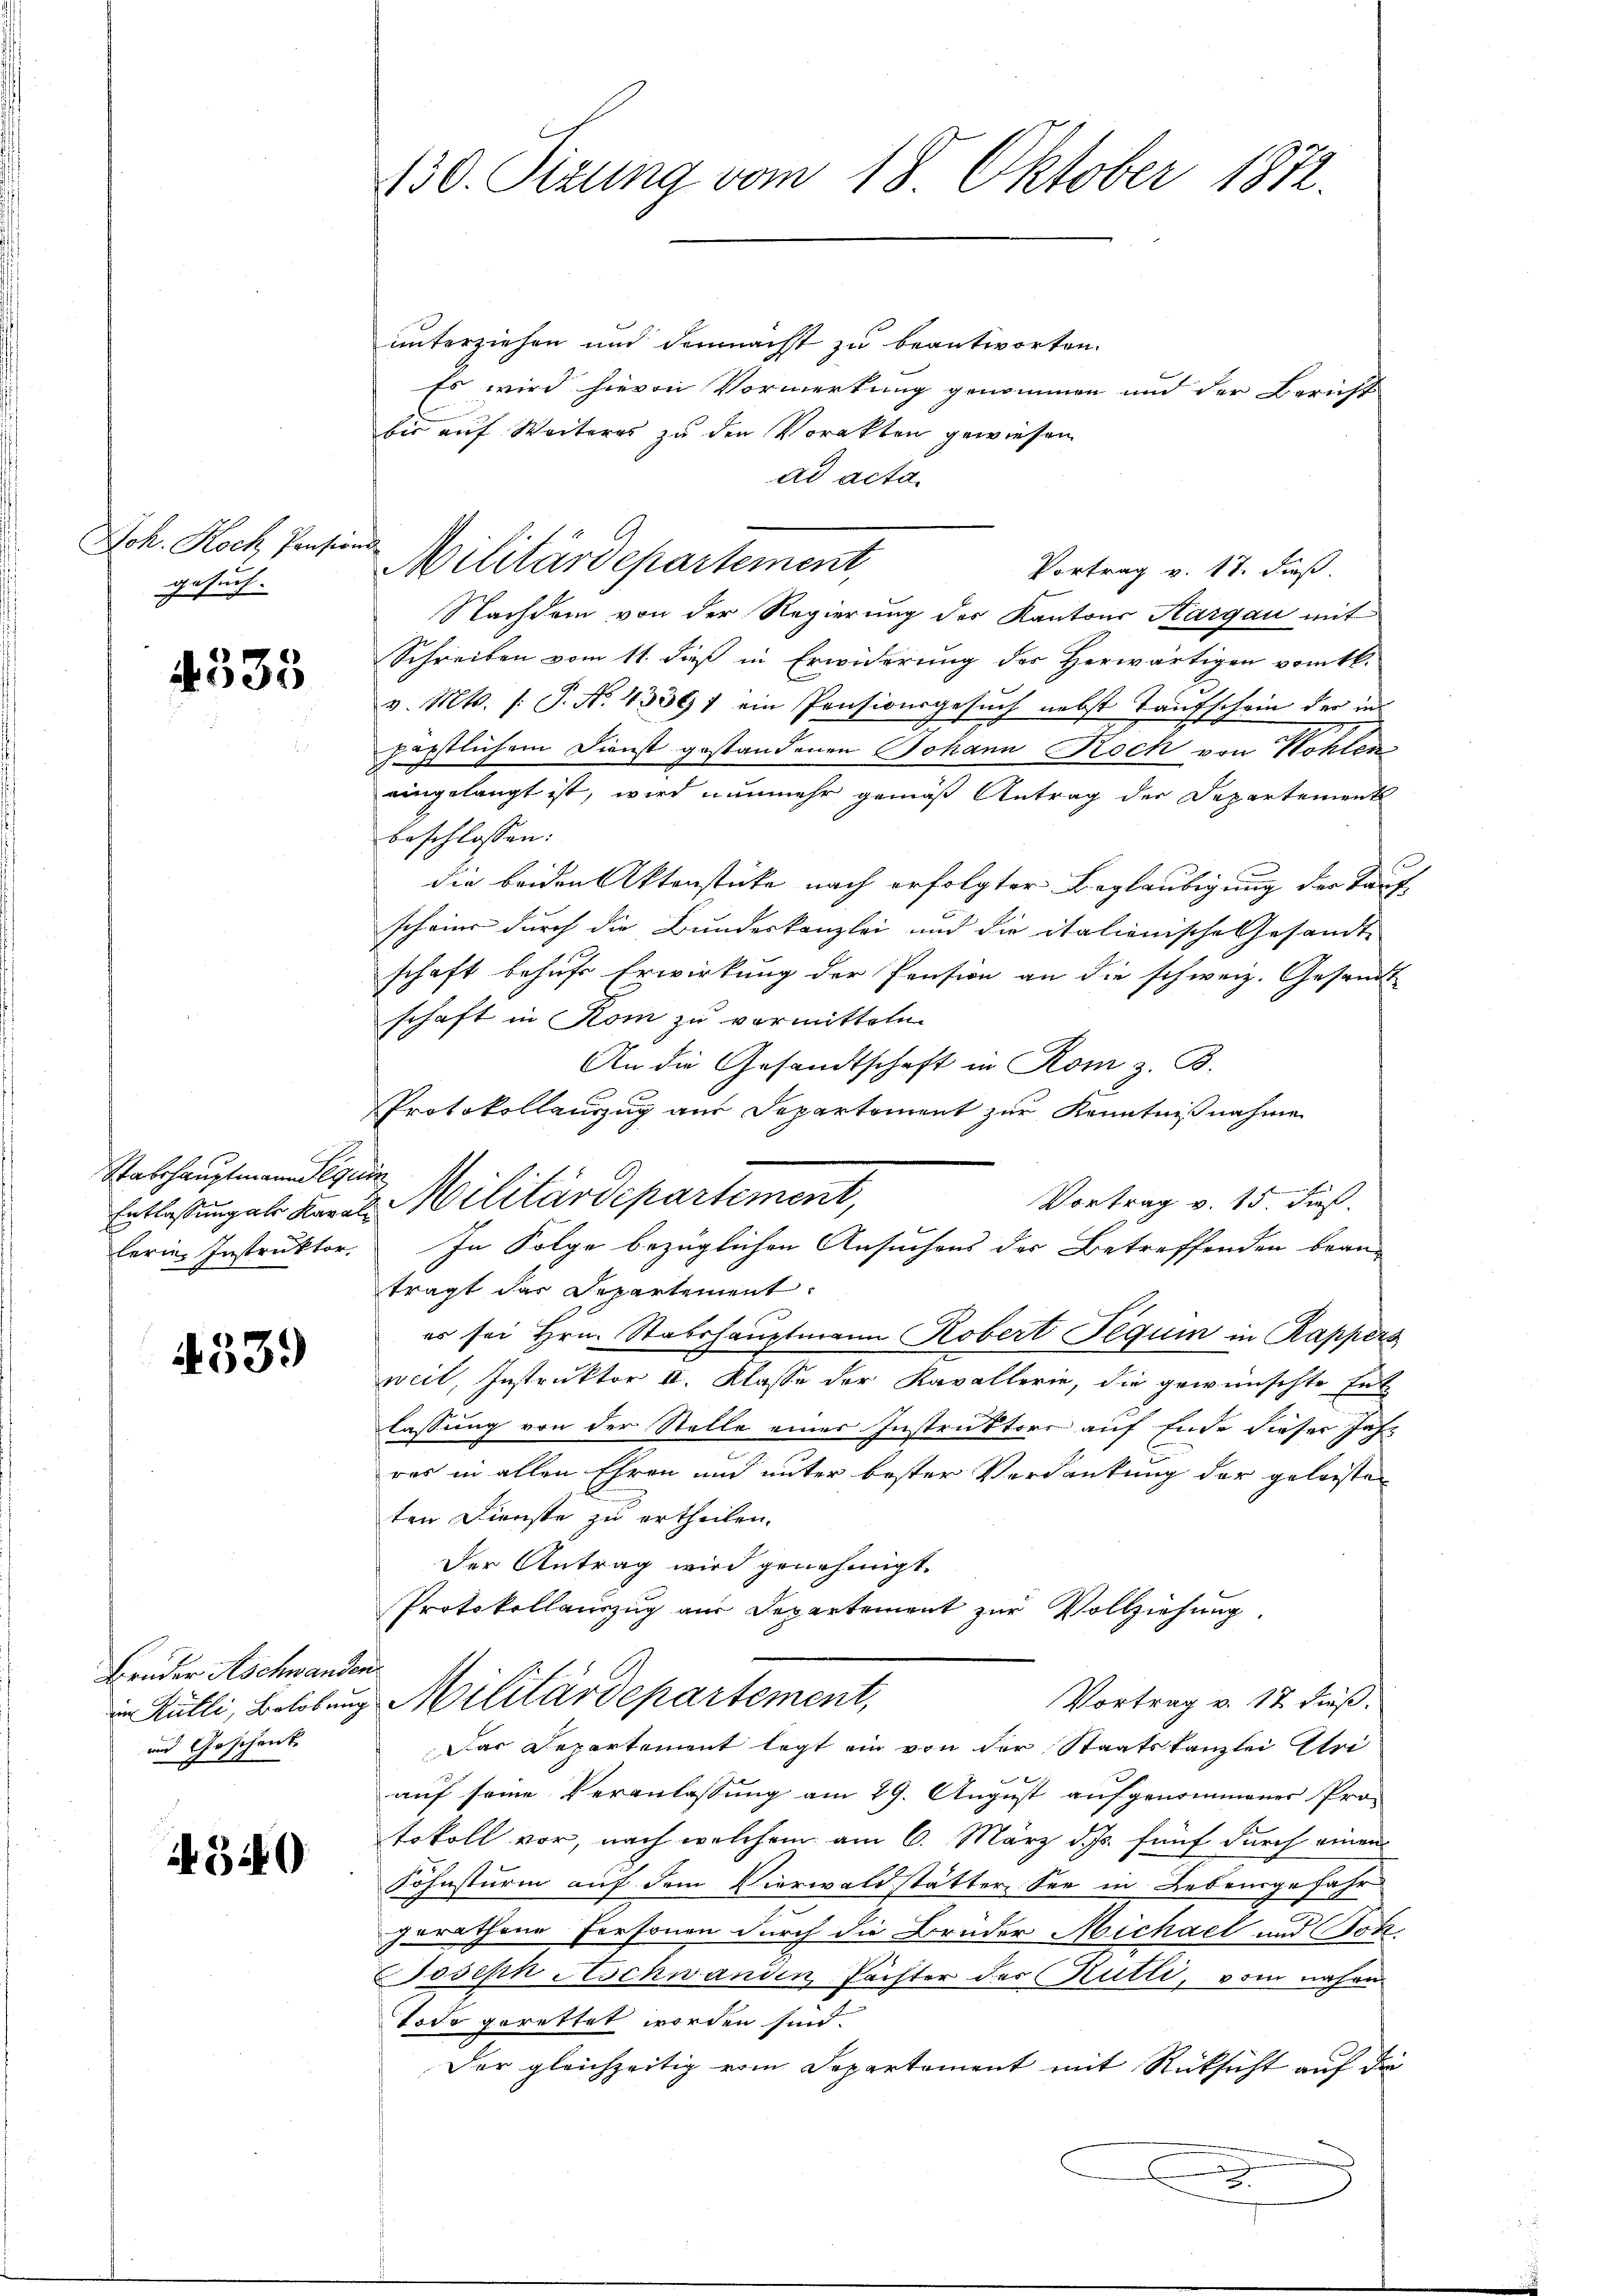
Joh. Koch Pension
gesuch. |

4333

Stabshauptmann es
Entlassung als Kaval
lerin Instruktor

4539)

Brüder Aschwander
im Rütli, Belobung
und Geschenk

4540

130. Sizung vom 18. Oktober 1872.

unterziehen und demnacht zu beantworten.
Es wird hievon Vormerkung genommen und der Bericht
bis auf Weiteres zu den Vorakten gewiesen
ad acta.
f
Vortrag v. 17. dieß
Nachdem von der Regierung des Kantons Aargau mit
Schreiben vom 11. dieß in Erwiderung des Herwärtigen vom 16.
v. Mts. (: P. Nr. 43391 ein Pensionsgesuch nebst Taufschein der in
päpstlichem Dienst gestandenen Johann Roch von Wohlen
eingelangt ist, wird nunmehr gemäß Antrag der Departement
beschlossen:
die beiden Aktenstücke nach erfolgter Beglaubigung der Tauf
scheine durch die Bundeskanzlei und die italionische Gesandt-
schaft behufs Erwirkung der Pension an die schweiz. Gesandt
schaft in Rom zu vormitteten.
An die Gesandtschaft in Rom z. B.
Protokollanzug aus Departement zur Kenntnißnahme
¬
 Militärdepartement,
Vortrag v. 15. Fuß.
In Folge bezüglichen Ansuchens der Betreffenden beanträgt das Departement
es sei Hrn. Stabshauptmann Robert Pequin in Rappers
weil, Instruktor II. Klasse der Kavallerie, die gewünschte Ent
lassung von der Stelle einer Instruktore auf Ende dieser Jahr
res in allen Ehren und unter bester Verdankung der geleisten
ten Dienste zu ertheilen.
Der Antrag wird genehmigt.
Protokollauszug aus Departement zur Vollziehung.
f
Militärdepartement,
Vortrag v. 17 dieß.
Das Departement legt ein von der Staatskanzlei Eri
auf seine Veranlassung am 29. August aufgenommener Pro-
tokoll vor, nach welchem am 6. März d. Js. fünf durch einem
Söhnsturm auf dem Vierwaldstätter See in Lebenrge fahr
gerathene Personen durch die Bruder Michael und Sok
Joseph Aschwanden Pächter des Rütli, vom nahen
Tode gerettet worden sind.
Der gleichzeitig vom Departement mit Rücksicht auf die
x
n

Militärdepartement